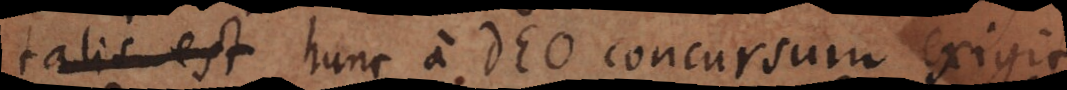
talis est a Deo concursum exigit